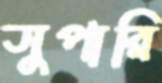
সুপারি